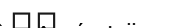
٩٣